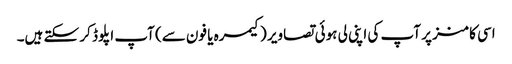
اسی کامنز پر آپ کی اپنی لی ہوئی تصاویر (کیمرہ یا فون سے) آپ اپلوڈ کر سکتے ہیں۔